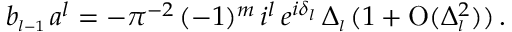
b _ { \scriptscriptstyle { l - 1 } } \, a ^ { l } = - \pi ^ { - 2 } \, ( - 1 ) ^ { m } \, i ^ { l } \, e ^ { i \delta _ { \scriptscriptstyle { l } } } \, \Delta _ { \scriptscriptstyle { l } } \, ( 1 + \mathrm { O } ( \Delta _ { \scriptscriptstyle { l } } ^ { 2 } ) ) \, .